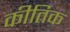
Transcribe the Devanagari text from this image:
कीर्तिक